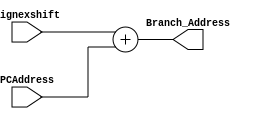

module BrAdder(signexshift, PCAddress, Branch_Address);

input [31:0]signexshift, PCAddress;
output [31:0] Branch_Address;

assign Branch_Address = signexshift + PCAddress;

endmodule